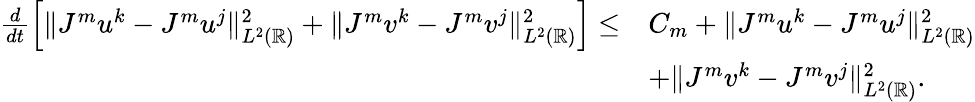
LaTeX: \begin{array}{rl}{\frac{d}{dt}\left[\| J^{m}u^{k}-J^{m}u^{j}\| _{L^{2}(\mathbb{R})}^{2}+\| J^{m}v^{k}-J^{m}v^{j}\| _{L^{2}(\mathbb{R})}^{2}\right]\leq}&{C_{m}+\| J^{m}u^{k}-J^{m}u^{j}\| _{L^{2}(\mathbb{R})}^{2}}\\ &{+\| J^{m}v^{k}-J^{m}v^{j}\| _{L^{2}(\mathbb{R})}^{2}.}\end{array}